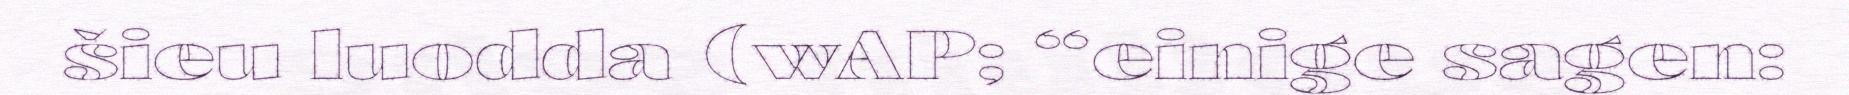
šieu luodda (wAP; “einige sagen: